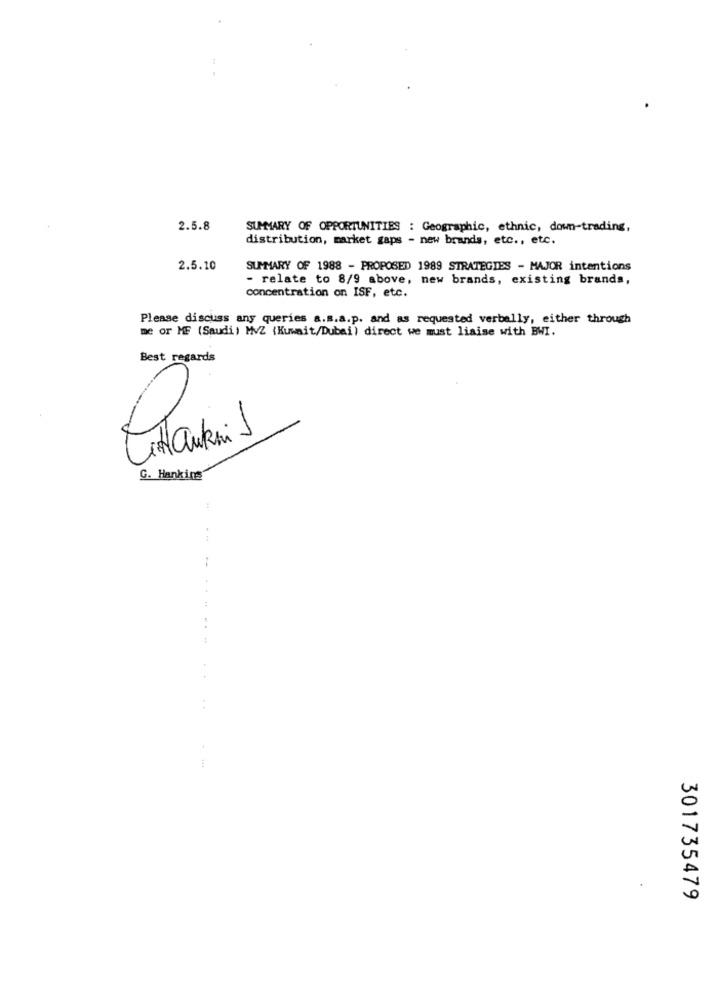
2.5.8
SUMMARY OF OPPORTUNITIES : Geographic, ethnic, down-trading,
distribution, market gaps - new brands, etc ., etc.
2.5.10
SUMMARY OF 1988 - PROPOSED 1989 STRATEGIES - MAJOR intentions
- relate to 8/9 above, new brands, existing brands,
concentration on ISF, etc.
Please discuss any queries a.s.a.p. and as requested verbally, either through
me or MF (Saudi) MVZ {Kuwait/Dubai) direct we must liaise with BWI.
Best regards
Titankan 1
1
G. Hanking
. ..
301735479